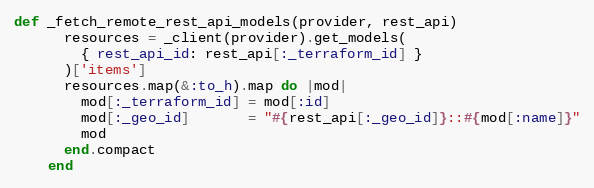
Language: Ruby
def _fetch_remote_rest_api_models(provider, rest_api)
      resources = _client(provider).get_models(
        { rest_api_id: rest_api[:_terraform_id] }
      )['items']
      resources.map(&:to_h).map do |mod|
        mod[:_terraform_id] = mod[:id]
        mod[:_geo_id]       = "#{rest_api[:_geo_id]}::#{mod[:name]}"
        mod
      end.compact
    end